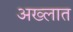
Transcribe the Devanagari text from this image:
अख्लात